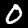
Label: 0